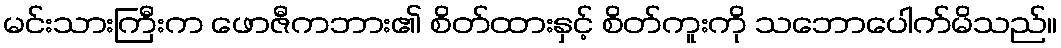
မင်းသားကြီးက ဖောဇီကဘား၏ စိတ်ထားနှင့် စိတ်ကူးကို သဘောပေါက်မိသည်။